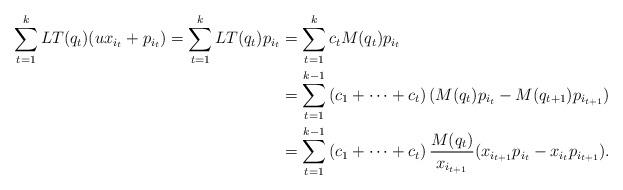
LaTeX: \begin{align*}\sum_{t=1}^k LT(q_t)(ux_{i_t} + p_{i_t}) = \sum_{t=1}^k LT(q_t)p_{i_t} & = \sum_{t=1}^k c_tM(q_t)p_{i_t}\\& = \sum_{t=1}^{k-1} \left( c_1 + \dots + c_t \right)( M(q_t)p_{i_t} - M(q_{t+1}) p_{i_{t+1}})\\& = \sum_{t=1}^{k-1} \left( c_1 + \dots + c_t \right)\frac{M(q_t)}{x_{i_{t+1}}}( x_{i_{t+1}}p_{i_t} - x_{i_t}p_{i_{t+1}}).\end{align*}